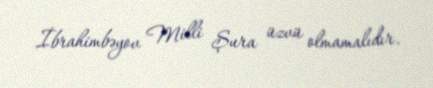
İbrahimbəyov Milli Şura üzvü olmamalıdır.